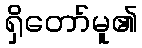
ရှိတော်မူ၏